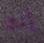
إنه